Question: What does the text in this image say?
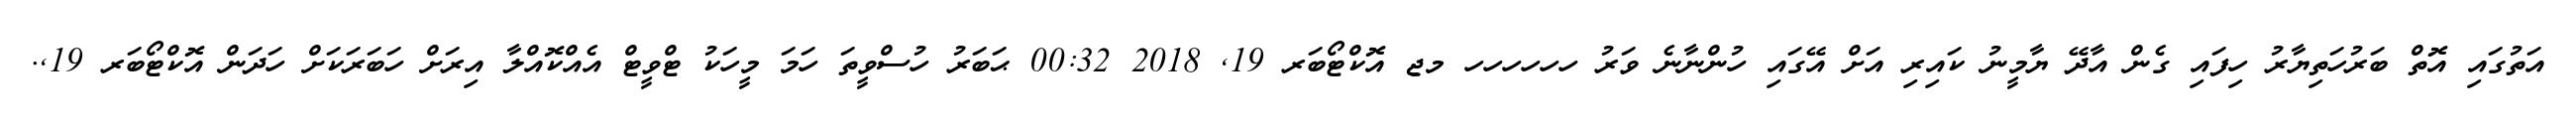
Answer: އަތުގައި އޮތް ބަރުހަތިޔާރު ހިފައި ގެން އާދޭ ޔާމީނު ކައިރި އަށް އޭގައި ހުންނާނެ ވަރު ހހހހހހ މޖ އޮކްޓޯބަރ 19, 2018 00:32 ޙަބަރު ހުސްވީތަ ހަމަ މީހަކު ޓްވީޓް އެއްކޮއްލާ އިރަށް ހަބަރަކަށް ހަދަން އޮކްޓޯބަރ 19,.